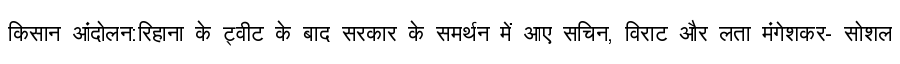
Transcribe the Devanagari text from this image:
किसान आंदोलन:रिहाना के ट्वीट के बाद सरकार के समर्थन में आए सचिन, विराट और लता मंगेशकर- सोशल